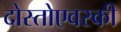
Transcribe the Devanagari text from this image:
दोस्तोएवस्की